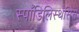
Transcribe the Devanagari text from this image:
स्पाँडिलिस्थेसिस